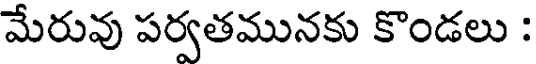
మేరువు పర్వతమునకు కొండలు :